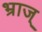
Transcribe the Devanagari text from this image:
भ्राज्